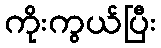
ကိုးကွယ်ပြီး